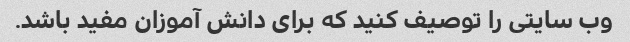
وب سایتی را توصیف کنید که برای دانش آموزان مفید باشد.